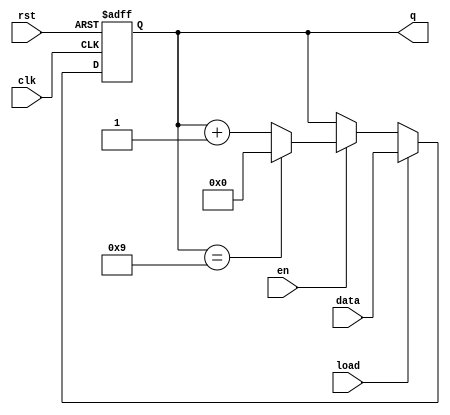
module synchronous_counter (
    input wire clk,          // Clock input
    input wire rst,          // Asynchronous reset
    input wire en,           // Enable signal
    input wire load,         // Load signal
    input wire [3:0] data,   // Load value input
    output reg [3:0] q       // Current count output
);

    // Counter Mode
    parameter BCD_MODE = 1;  // Set to 1 for BCD, 0 for Binary

    always @(posedge clk or posedge rst) begin
        if (rst) begin
            // Reset the counter to zero
            q <= 4'b0000;
        end else if (load) begin
            // Load a specific value into the counter
            q <= data;
        end else if (en) begin
            // Increment the counter based on the mode
            if (BCD_MODE) begin
                // BCD Counting: 0 to 9
                if (q == 4'b1001) begin
                    q <= 4'b0000;  // Wrap around to 0
                end else begin
                    q <= q + 1;    // Increment
                end
            end else begin
                // Binary Counting: 0 to 15
                if (q == 4'b1111) begin
                    q <= 4'b0000;  // Wrap around to 0
                end else begin
                    q <= q + 1;    // Increment
                end
            end
        end
    end
    
endmodule